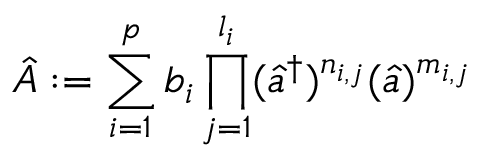
\hat { A } : = \sum _ { i = 1 } ^ { p } b _ { i } \prod _ { j = 1 } ^ { l _ { i } } ( \hat { a } ^ { \dag } ) ^ { n _ { i , j } } ( \hat { a } ) ^ { m _ { i , j } }